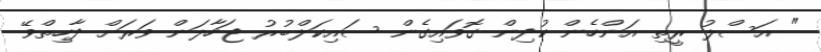
" އަސްލު ރީތި އަންހެން ކުދިން ގޮވައިގެން ސައިކަލްބުރު ޖަހާލަން ވަރަށް ދާހިތްވޭ